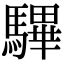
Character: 驆